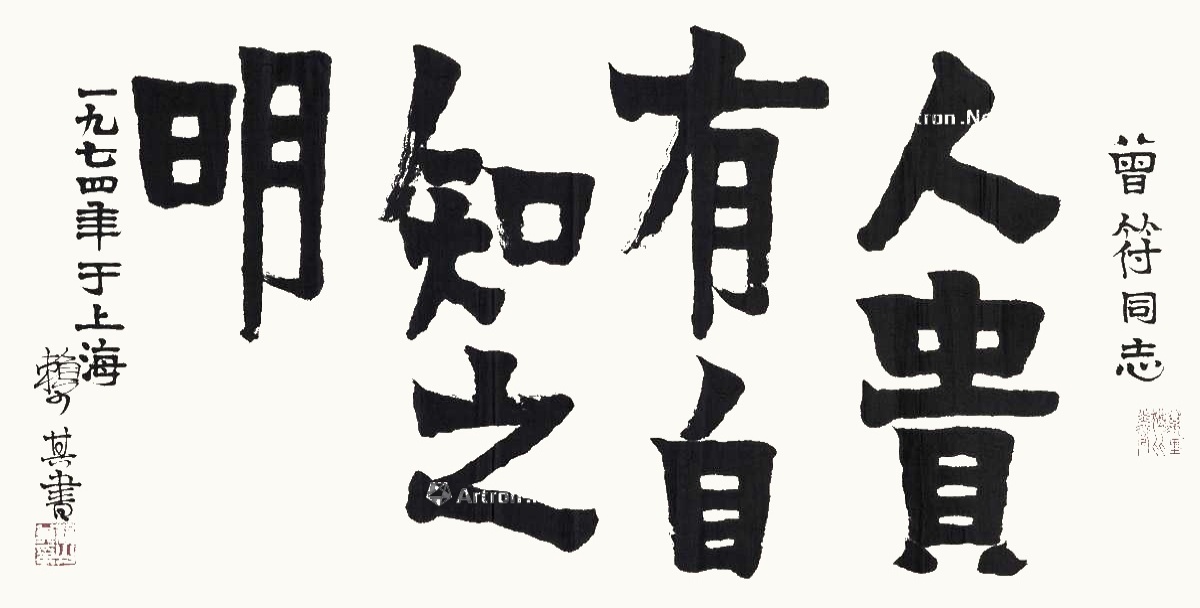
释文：人贵有自知之明。曾符同志，一九七四年于上海，赖少其书。